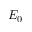
E _ { 0 }